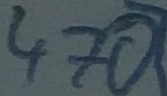
Text: 470